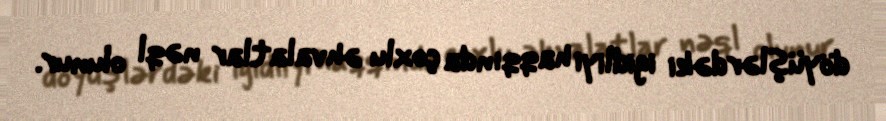
döyüşlərdəki igidliyi haqqında çoxlu əhvalatlar nəql olunur.